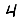
Digit: 4